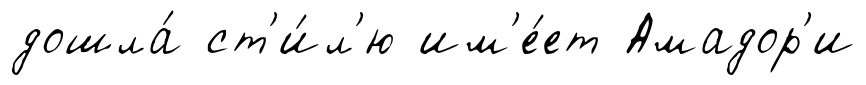
дошла́ ст'и́л'ю им'е́ет Амадор'и